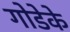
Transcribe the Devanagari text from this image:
गोडेके